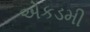
એકડમી